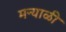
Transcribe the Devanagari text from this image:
मन्याळी